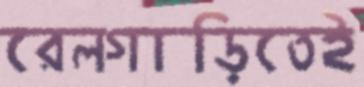
রেলগাড়িতেই